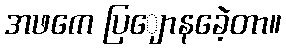
အဖကေ ပြျောနခေဲ့တာ။